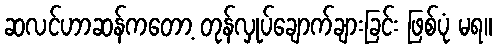
ဆလင်ဟာဆန်ကတော့ တုန်လှုပ်ချောက်ချားခြင်း ဖြစ်ပုံ မရ။